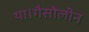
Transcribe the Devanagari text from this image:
था।गैसोलीन